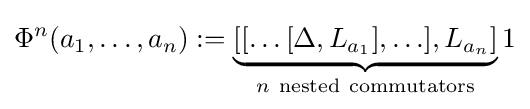
\Phi ^{n}(a_{1},\ldots ,a_{n}):=\underbrace {[[\ldots [\Delta ,L_{a_{1}}],\ldots ],L_{a_{n}}]} _{n~{\rm {nested~commutators}}}1